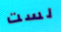
لست